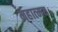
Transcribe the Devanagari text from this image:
महात्‍मय